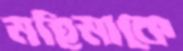
মহিমাকে